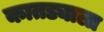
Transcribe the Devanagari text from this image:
कातड्याला